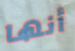
أنها